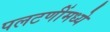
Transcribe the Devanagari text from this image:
पलटणींमध्ये